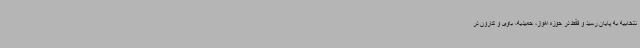
نتخابیه به پایان رسید و فقط در حوزه اهواز، حمیدیه، باوی و کارون در